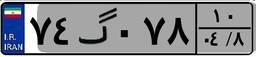
۴۵گ۲۹۲۳۴